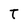
Character: T